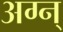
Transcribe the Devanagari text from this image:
अग्न्